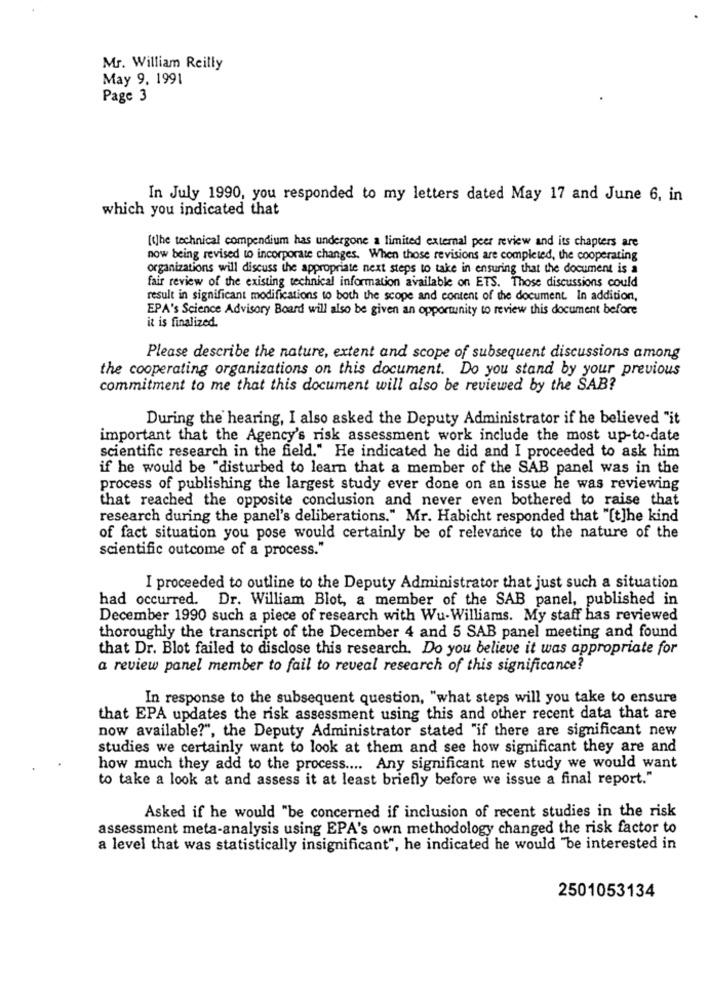
Mr. William Reilly
May 9. 1991
Page 3
In July 1990, you responded to my letters dated May 17 and June 6, in
which you indicated that
[]he technical compendium has undergone a limited external peer review and its chapters are
now being revised to incorporate changes. When those revisions are completed, the cooperating
organizations will discuss the appropriate next steps to take in ensuring that the document is a
fair review of the existing technical information available on ETS. Those discussions could
result in significant modifications to both the scope and content of the document. In addition,
EPA's Science Advisory Board will also be given an opportunity to review this document before
it is finalized.
Please describe the nature, extent and scope of subsequent discussions among
the cooperating organizations on this document. Do you stand by your previous
commitment to me that this document will also be reviewed by the SAB?
During the hearing, I also asked the Deputy Administrator if he believed "it
important that the Agency's risk assessment work include the most up-to-date
scientific research in the field." He indicated he did and I proceeded to ask him
if he would be "disturbed to learn that a member of the SAB panel was in the
process of publishing the largest study ever done on an issue he was reviewing
that reached the opposite conclusion and never even bothered to raise that
research during the panel's deliberations." Mr. Habicht responded that "[t]he kind
of fact situation you pose would certainly be of relevance to the nature of the
scientific outcome of a process.
I proceeded to outline to the Deputy Administrator that just such a situation
had occurred. Dr. William Blot, a member of the SAB panel, published in
December 1990 such a piece of research with Wu-Williams. My staff has reviewed
thoroughly the transcript of the December 4 and 5 SAB panel meeting and found
that Dr. Blot failed to disclose this research. Do you believe it was appropriate for
a review panel member to fail to reveal research of this significance?
In response to the subsequent question, "what steps will you take to ensure
that EPA updates the risk assessment using this and other recent data that are
now available?", the Deputy Administrator stated "if there are significant new
studies we certainly want to look at them and see how significant they are and
how much they add to the process .... Any significant new study we would want
to take a look at and assess it at least briefly before we issue a final report."
Asked if he would "be concerned if inclusion of recent studies in the risk
assessment meta-analysis using EPA's own methodology changed the risk factor to
a level that was statistically insignificant", he indicated he would "be interested in
2501053134